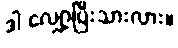
ဒါ လျှော့ပြီးသားလား။